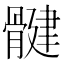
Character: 𫘳